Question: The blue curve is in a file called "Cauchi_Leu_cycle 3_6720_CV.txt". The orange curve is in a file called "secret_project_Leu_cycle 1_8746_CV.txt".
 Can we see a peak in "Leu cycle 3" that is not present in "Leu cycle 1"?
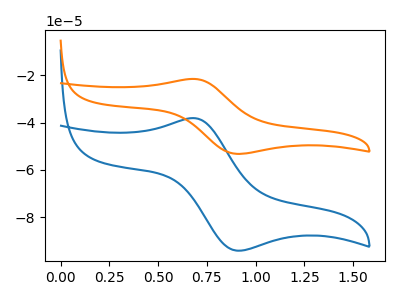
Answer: <think>The blue curve "Leu cycle 3" has an anodic peak at (0.70V, -38.10uA) and a cathodic peak at (0.90V, -94.05uA). The orange curve "Leu cycle 1" has an anodic peak at (0.70V, -21.55uA) and a cathodic peak at (0.90V, -53.20uA).
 All the peaks in "Leu cycle 3" have a peak in "Leu cycle 1" at the same potential.</think>
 <answer>No, "Leu cycle 3" and "Leu cycle 1" don't appear to be significantly different in shape</answer>
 <eval>no_change</eval>